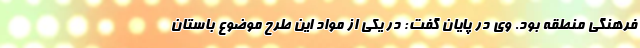
فرهنگی منطقه بود. وی در پایان گفت: در یکی از مواد این طرح موضوع باستان